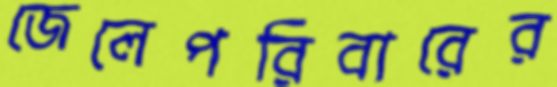
জেলেপরিবারের